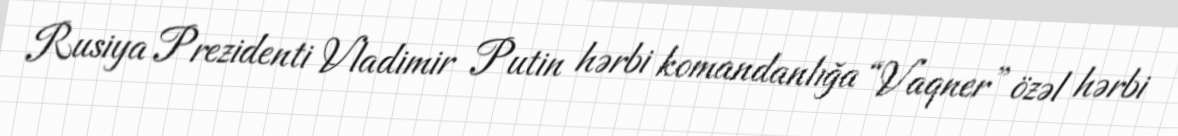
Rusiya Prezidenti Vladimir Putin hərbi komandanlığa “Vaqner” özəl hərbi